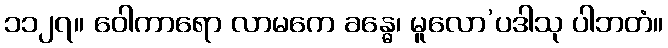
၁၁၂၇။ ဝေါကာရော လာမကေ ခန္ဓေ၊ မူလော’ပဒါသု ပါဘတံ။